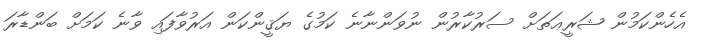
އެހެންކަމުން ޝަރީޢަތަށް ސަރުކާރުން ނުވަންނާނެ ކަމުގެ ޔަޤީންކަން އަރުވާފައި ވާނެ ކަމަށް ބަންޑާރަ